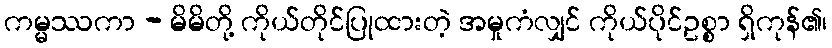
ကမ္မဿကာ - မိမိတို့ ကိုယ်တိုင်ပြုထားတဲ့ အမှုကံလျှင် ကိုယ်ပိုင်ဥစ္စာ ရှိကုန်၏၊